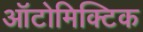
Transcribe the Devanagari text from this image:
ऑटोमिक्टिक